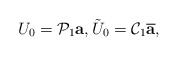
\begin{align*}U_0=\mathcal P_1\mbox{\bf a},\tilde U_0=\mathcal C_1\overline{\mbox{\bf a}},\end{align*}